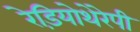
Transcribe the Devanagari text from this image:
रेड़ियोथेरेपी